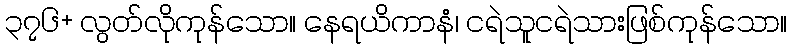
၃၇၆+ လွတ်လိုကုန်သော။ နေရယိကာနံ၊ ငရဲသူငရဲသားဖြစ်ကုန်သော။